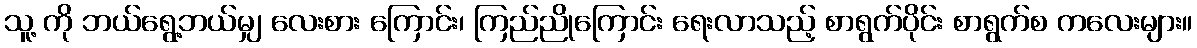
သူ့ ကို ဘယ်ရွေ့ဘယ်မျှ လေးစား ကြောင်း၊ ကြည်ညိုကြောင်း ရေးလာသည့် စာရွက်ပိုင်း စာရွက်စ ကလေးများ။